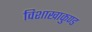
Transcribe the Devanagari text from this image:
विशाखाकुण्ड